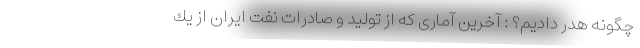
چگونه هدر دادیم؟ : آخرین آماری كه از تولید و صادرات نفت ایران از یك